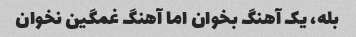
بله، یک آهنگ بخوان اما آهنگ غمگین نخوان